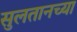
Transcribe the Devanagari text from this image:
सुलतानच्या